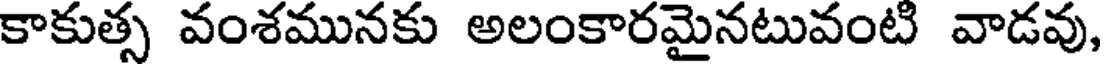
కాకుత్స వంశమునకు అలంకారమైనటువంటి వాడవు,